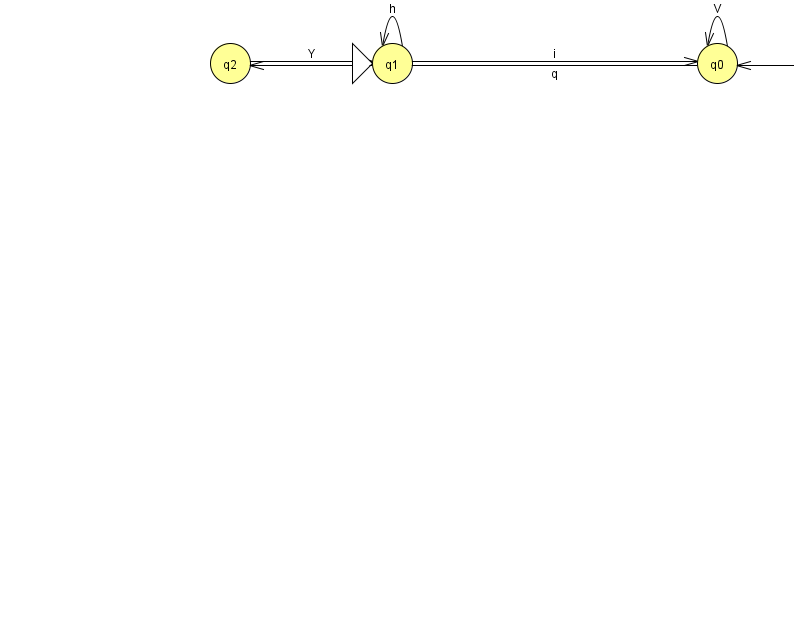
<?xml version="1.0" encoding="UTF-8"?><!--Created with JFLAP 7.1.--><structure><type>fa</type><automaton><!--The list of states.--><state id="0" name="q0"><x>717.0</x><y>50.0</y></state><state id="1" name="q1"><x>392.0</x><y>50.0</y><initial/></state><state id="2" name="q2"><x>230.0</x><y>50.0</y></state><state id="3" name="q3"><x>879.0</x><y>50.0</y><final/></state><!--The list of transitions.--><transition><from>2</from><to>1</to><read>Y</read></transition><transition><from>3</from><to>2</to><read>q</read></transition><transition><from>3</from><to>0</to><read>O</read></transition><transition><from>0</from><to>0</to><read>V</read></transition><transition><from>1</from><to>1</to><read>h</read></transition><transition><from>1</from><to>0</to><read>i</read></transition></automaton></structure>